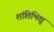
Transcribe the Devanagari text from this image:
शांतिभिक्षु